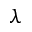
\lambda